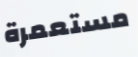
مستعمرة